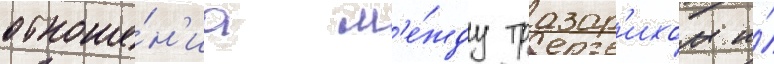
отноше́н'иа м'е́жду тразар'ихом и́